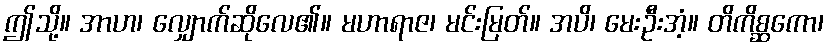
ဤသို့။ အာဟ၊ လျှောက်ဆိုလေ၏။ မဟာရာဇ၊ မင်းမြတ်။ အပိ၊ မေးဦးအံ့။ တိကိစ္ဆကော၊